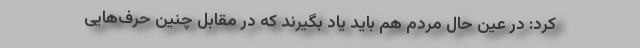
کرد: در عین حال مردم هم باید یاد بگیرند که در مقابل چنین حرف‌هایی